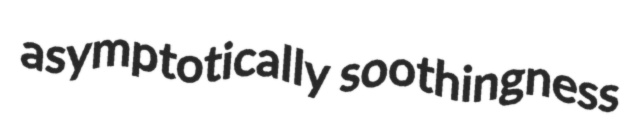
asymptotically soothingness